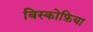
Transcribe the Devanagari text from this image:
बिस्कोफ़िया